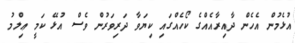
އުޅެމުން އެހެން ދާއިރާއެއްގެ ކޯހެއްގައި ކިޔަވާ ދަރިވަރުން ވެސް އުޅޭ ކަމީ ޢިލްމު